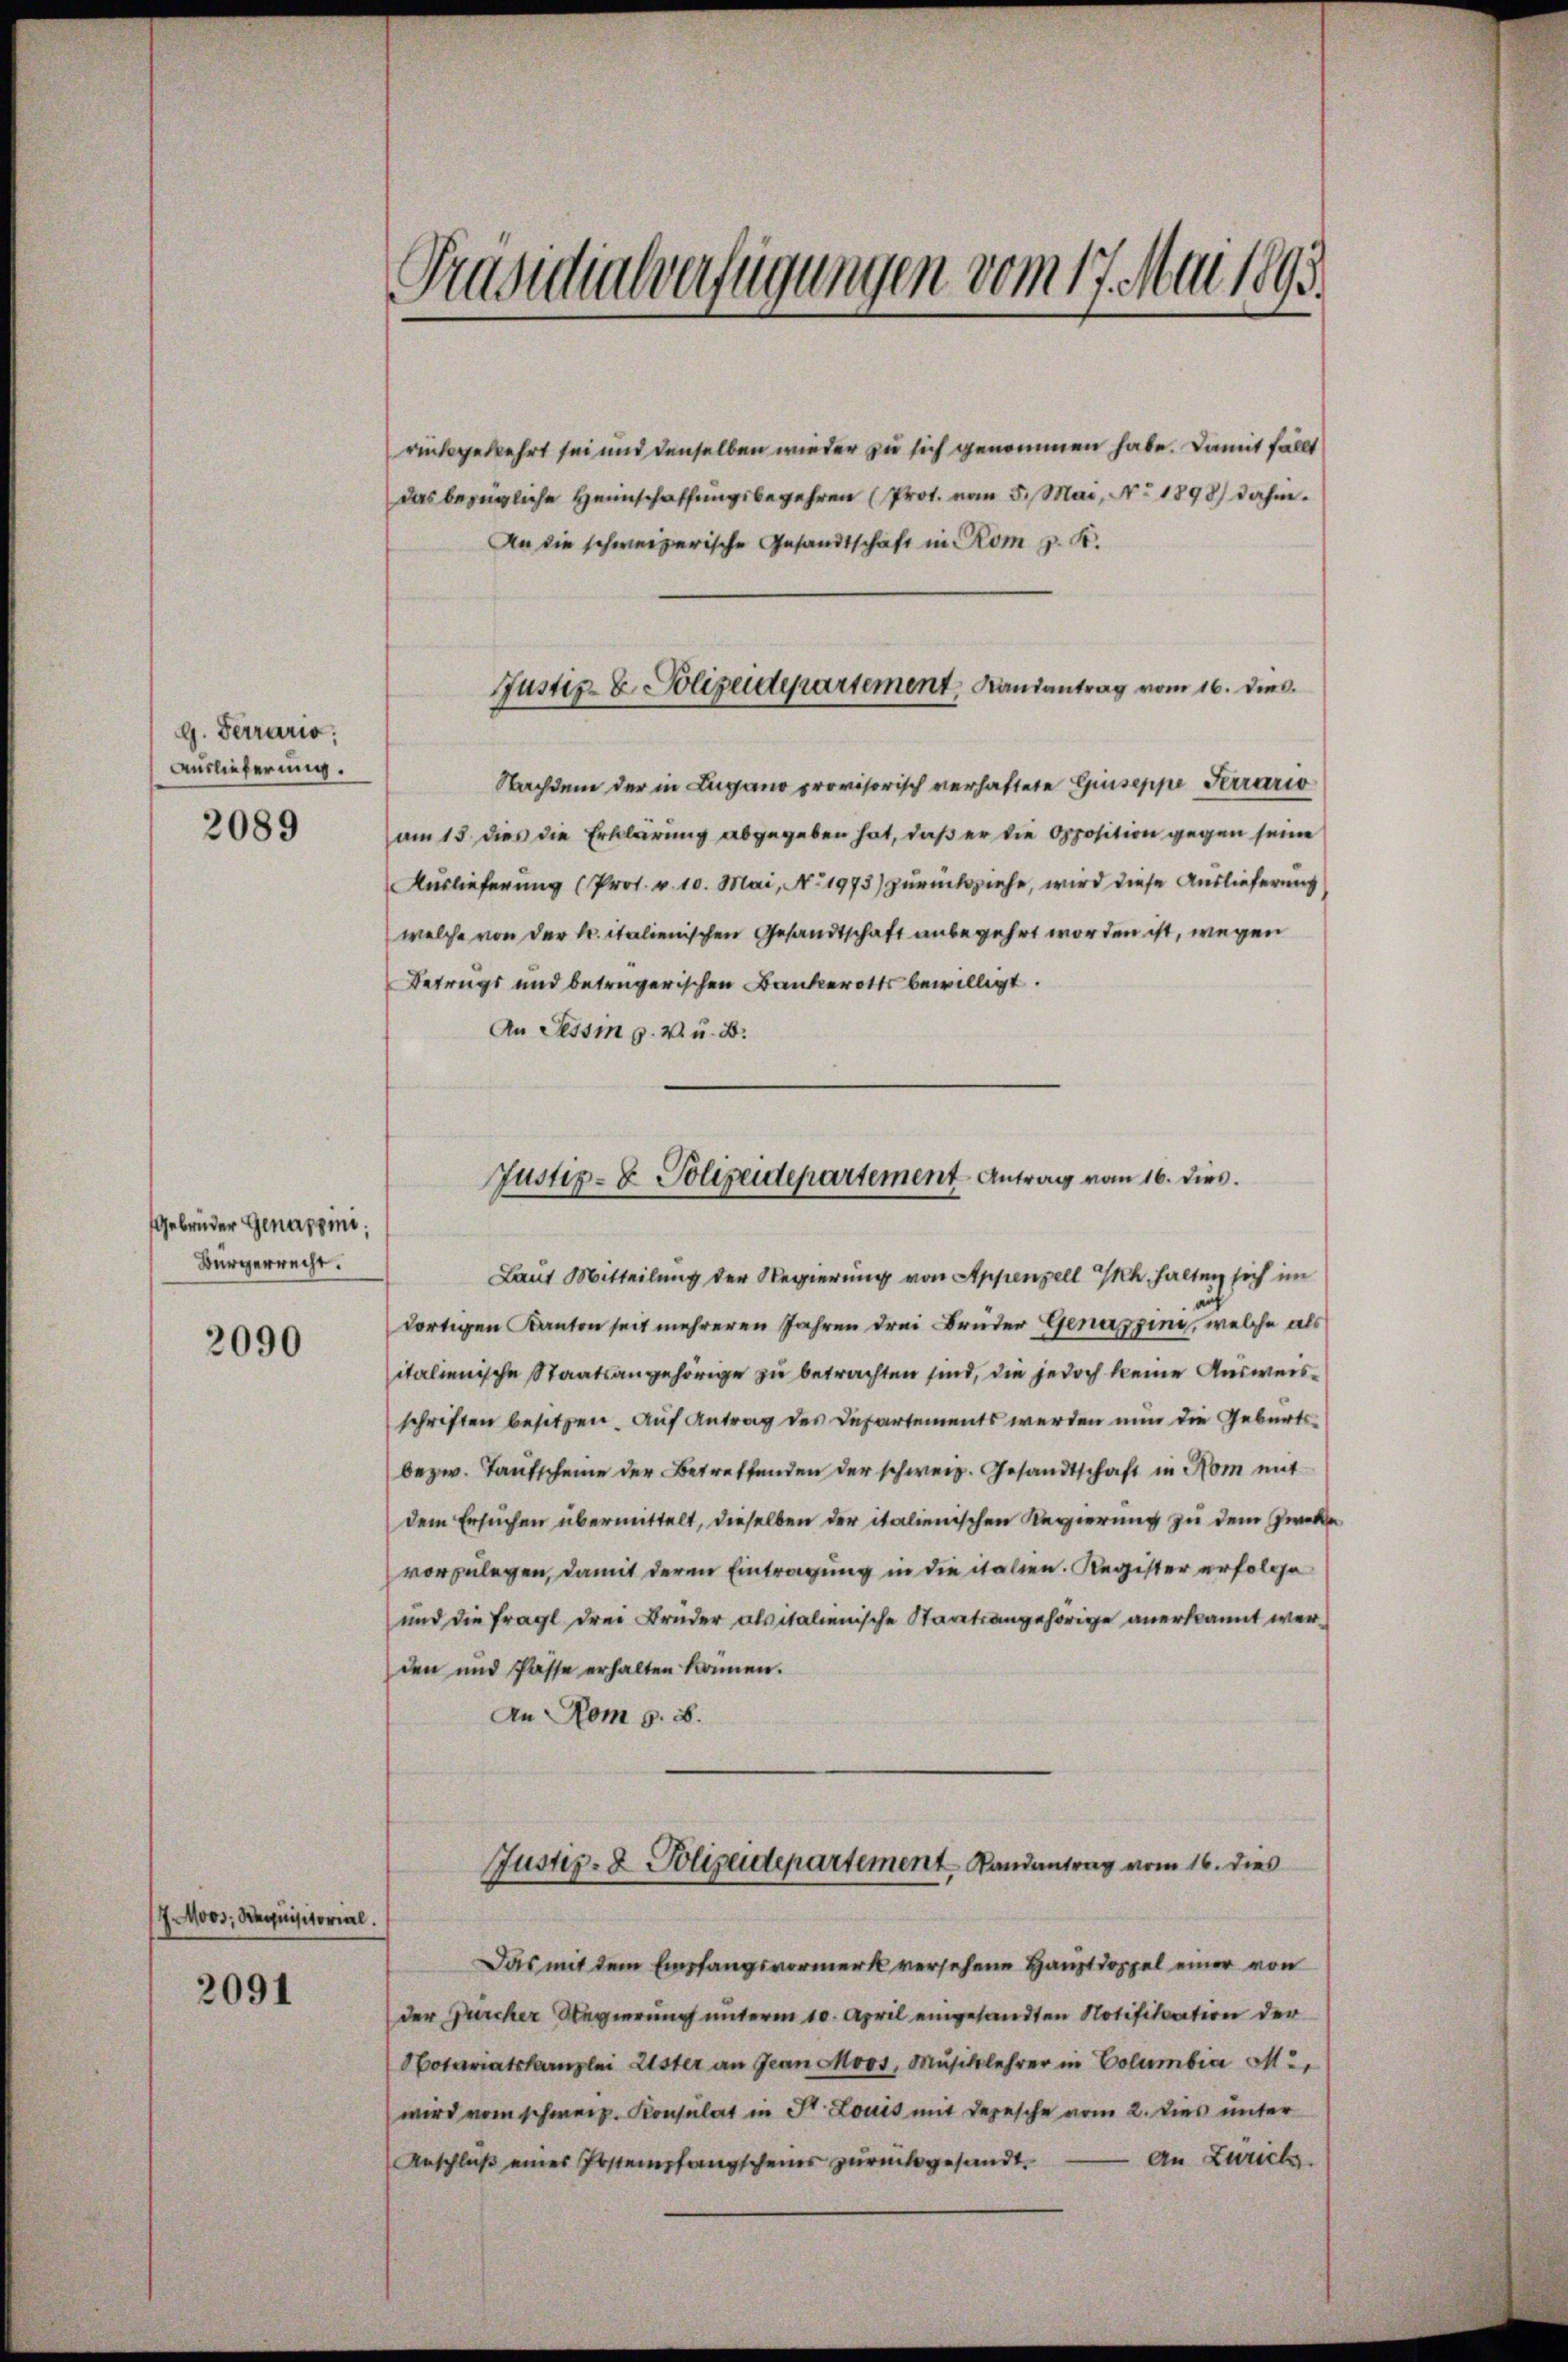
g. Ferrario,
Auslieferung.
2089

Gebrüder Genappini;
Bürgerrecht.

2090

/7. Moos: Requisitorial.
2091

Präsidialverfügungen vom 17. Mai 1895.

rückgekehrt sei und denselben wieder zu sich genommen habe. Damit fällt
Das bezügliche Heimschaffungsbegehren (Prot. vom 5. Mai, No. 1898 dahin.
An die schweizerische Gesandtschaft in Rom g. K.
Nachdem der in Lugano provisorisch verhaftete Giuseppe Terrario
am 15. dies die Erklärung abgegeben hat, daß er die Opposition gegen seine
Auslieferung (Prof. v. 10. Mai, No. 1975) zurückziehe, wird diese Auslieferung
welche von der kr. italienischen Gesandtschaft anbegehrt worden ist, wegen
Betrags und betrügerischen Bankerotts bewilligt.
An Tessin p. v. u. B.
Laut Mitteilung der Regierung von Appenzell h. halten sich im
dortigen Kanton seit mehreren Jahren drei Brüder Genapping, welche als
italienische Staatsangehörige zu betrachten sind, die jedoch keine Ausweisschriften besetzen. Auf Antrag des Departements werden nun die Geburts-
bezw. Taufscheine der Betreffenden der schweiz. Gesandtschaft in Nom mit
dem Ersuchen übermittelt, dieselben der italienischen Regierung zu dem Zwecke
vorzulegen, damit deren Eintragung in die italien. Register erfolge
und die fragl drei Brüder alsitalienische Staatsangehörige anerkannt werden und Pässe erhalten können.
An Rom 8. B.
Justiz- & Polizeidepartement Landantrag vom 16. dies
Das mit dem Empfangsvormerk versehene Hauptdoppel einer von
der Durcher Regierung unterm 10. April eingesandten Notification der
Hotariatskanzlei Elster an Jean Moos, Musiklehrer in Columbia Mi
wird vom schweiz. Konsulat in St. Louis mit Depesche vom 2. Dies unter
Anschlŭβ eines Postempfangscheins zŭrückgesandt. An Zürich

Justiz- & Polizeidepartement, Landantrag vom 16. dies

Justiz- & Polizeidepartement Antrag vom 16. dies